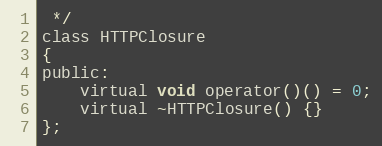
Language: C
 */
class HTTPClosure
{
public:
    virtual void operator()() = 0;
    virtual ~HTTPClosure() {}
};